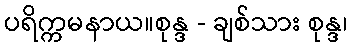
ပရိက္ကမနာယ။စုန္ဒ - ချစ်သား စုန္ဒ၊